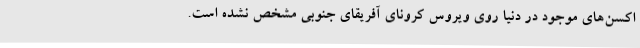
اکسن‌های موجود در دنیا روی ویروس کرونای آفریقای جنوبی مشخص نشده است.